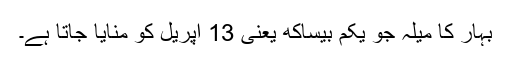
بہار کا میلہ جو یکم بیساکھ یعنی 13 اپریل کو منایا جاتا ہے۔